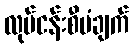
လုပ်ငန်းစီမံချက်